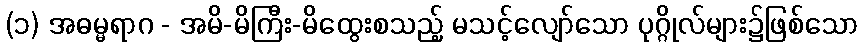
(၁) အဓမ္မရာဂ - အမိ-မိကြီး-မိထွေးစသည့် မသင့်လျော်သော ပုဂ္ဂိုလ်များ၌ဖြစ်သော